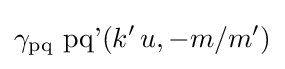
\gamma _{\operatorname {pq} }\,\operatorname {pq'} (k'\,u,-m/m')